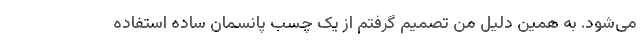
می‌شود. به همین دلیل من تصمیم گرفتم از یک چسب پانسمان ساده استفاده